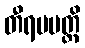
တီရမပတ္ထိ